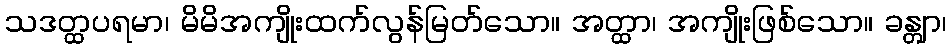
သဒတ္ထပရမာ၊ မိမိအကျိုးထက်လွန်မြတ်သော။ အတ္ထာ၊ အကျိုးဖြစ်သော။ ခန္တျာ၊